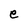
Character: e